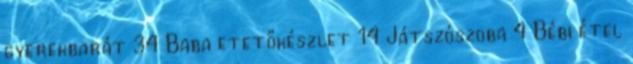
gyerekbarát 34 Baba etetőkészlet 14 Játszószoba 4 Bébi étel